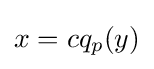
x=cq_{p}(y)